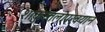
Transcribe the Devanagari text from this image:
शाकुन्तलोपखयान